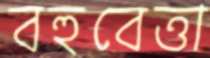
বহুবেত্তা